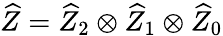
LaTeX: \widehat{Z}=\widehat{Z}_{2}\otimes\widehat{Z}_{1}\otimes\widehat{Z}_{0}